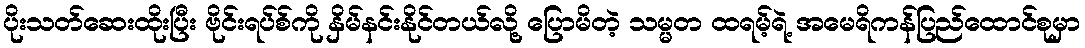
ပိုးသတ်ဆေးထိုးပြီး ဗိုင်းရပ်စ်ကို နှိမ်နင်းနိုင်တယ်လို့ ပြောမိတဲ့ သမ္မတ ထရမ့်ရဲ့ အမေရိကန်ပြည်ထောင်စုမှာ